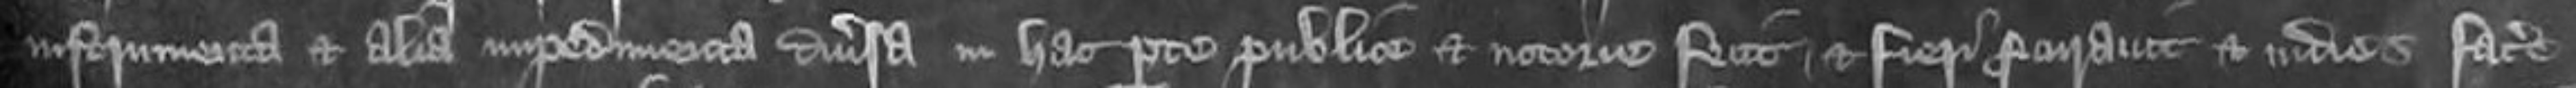
instrumenta et alia impedimenta diversa in hac parte publice et notorie fecit et fieri procuravit et indies facere